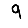
Digit: 9